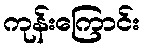
ကုန်းကြောင်း